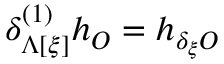
\delta _ { \Lambda [ \xi ] } ^ { ( 1 ) } h _ { \cal O } = h _ { \delta _ { \xi } { \cal O } }